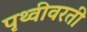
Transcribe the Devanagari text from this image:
पृथ्वीवरती